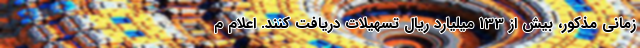
زمانی مذکور، بیش از 133 میلیارد ریال تسهیلات دریافت کنند. اعلام م